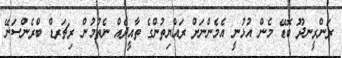
ރަންރީނދޫ ބޮޑޭ މެން އުޅުނީ އެމެންނަށް ރައްޔިތުންގެ ތާއީދެއް ނެތުމުން ރިޗަރޑް ބްރެންސަނޭ